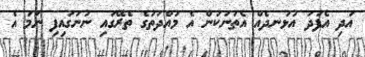
އަދި އެފަދަ އުޅަނދެއް އެތަނަކުން އެ މުއްދަތުގެ ތެރޭގައި ނުނަގައިފި ނަމަ އެ